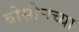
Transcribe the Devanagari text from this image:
बोसोनच्या